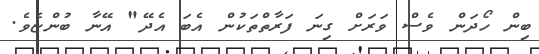
ބިން ހޯދަން ވެސް ވަރަށް ގިނަ ފަރާތްތަކުން އެބަ އެދޭ" އޭނާ ބުންޏެވެ.